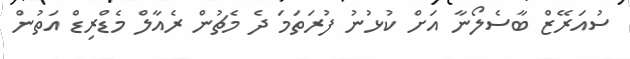
ސުއަރޭޒް ބާސެލޯނާ އަށް ކުޅުނު ފުރަތަމަ ދެ މެޗުން ރެއާލް މެޑްރިޑް އަތުން